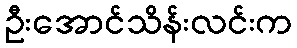
ဦးအောင်သိန်းလင်းက